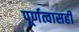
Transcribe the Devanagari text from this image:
पूर्णत्वासही